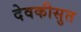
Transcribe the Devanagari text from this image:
देवकीसुत